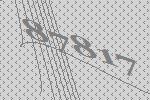
87817